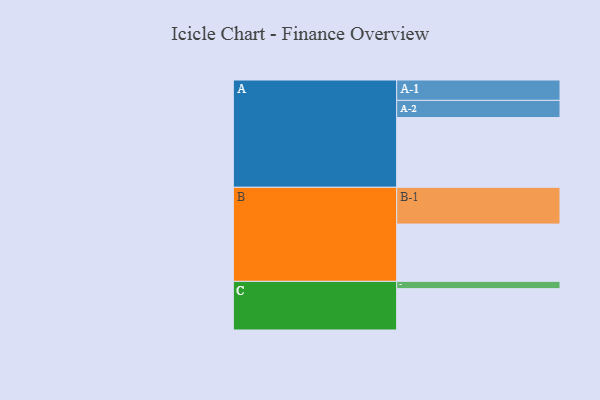
{"axis": {"x": "Segment", "y": "Value"}, "legend": ["", "A", "B", "C"], "data": [{"x": "A", "y": 548, "type": ""}, {"x": "B", "y": 450, "type": ""}, {"x": "C", "y": 325, "type": ""}, {"x": "A-1", "y": 160, "type": "A"}, {"x": "A-2", "y": 135, "type": "A"}, {"x": "B-1", "y": 289, "type": "B"}, {"x": "C-1", "y": 57, "type": "C"}]}